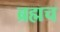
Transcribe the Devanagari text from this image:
ब्रह्मच